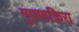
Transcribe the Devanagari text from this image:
मुफ्फकिरा